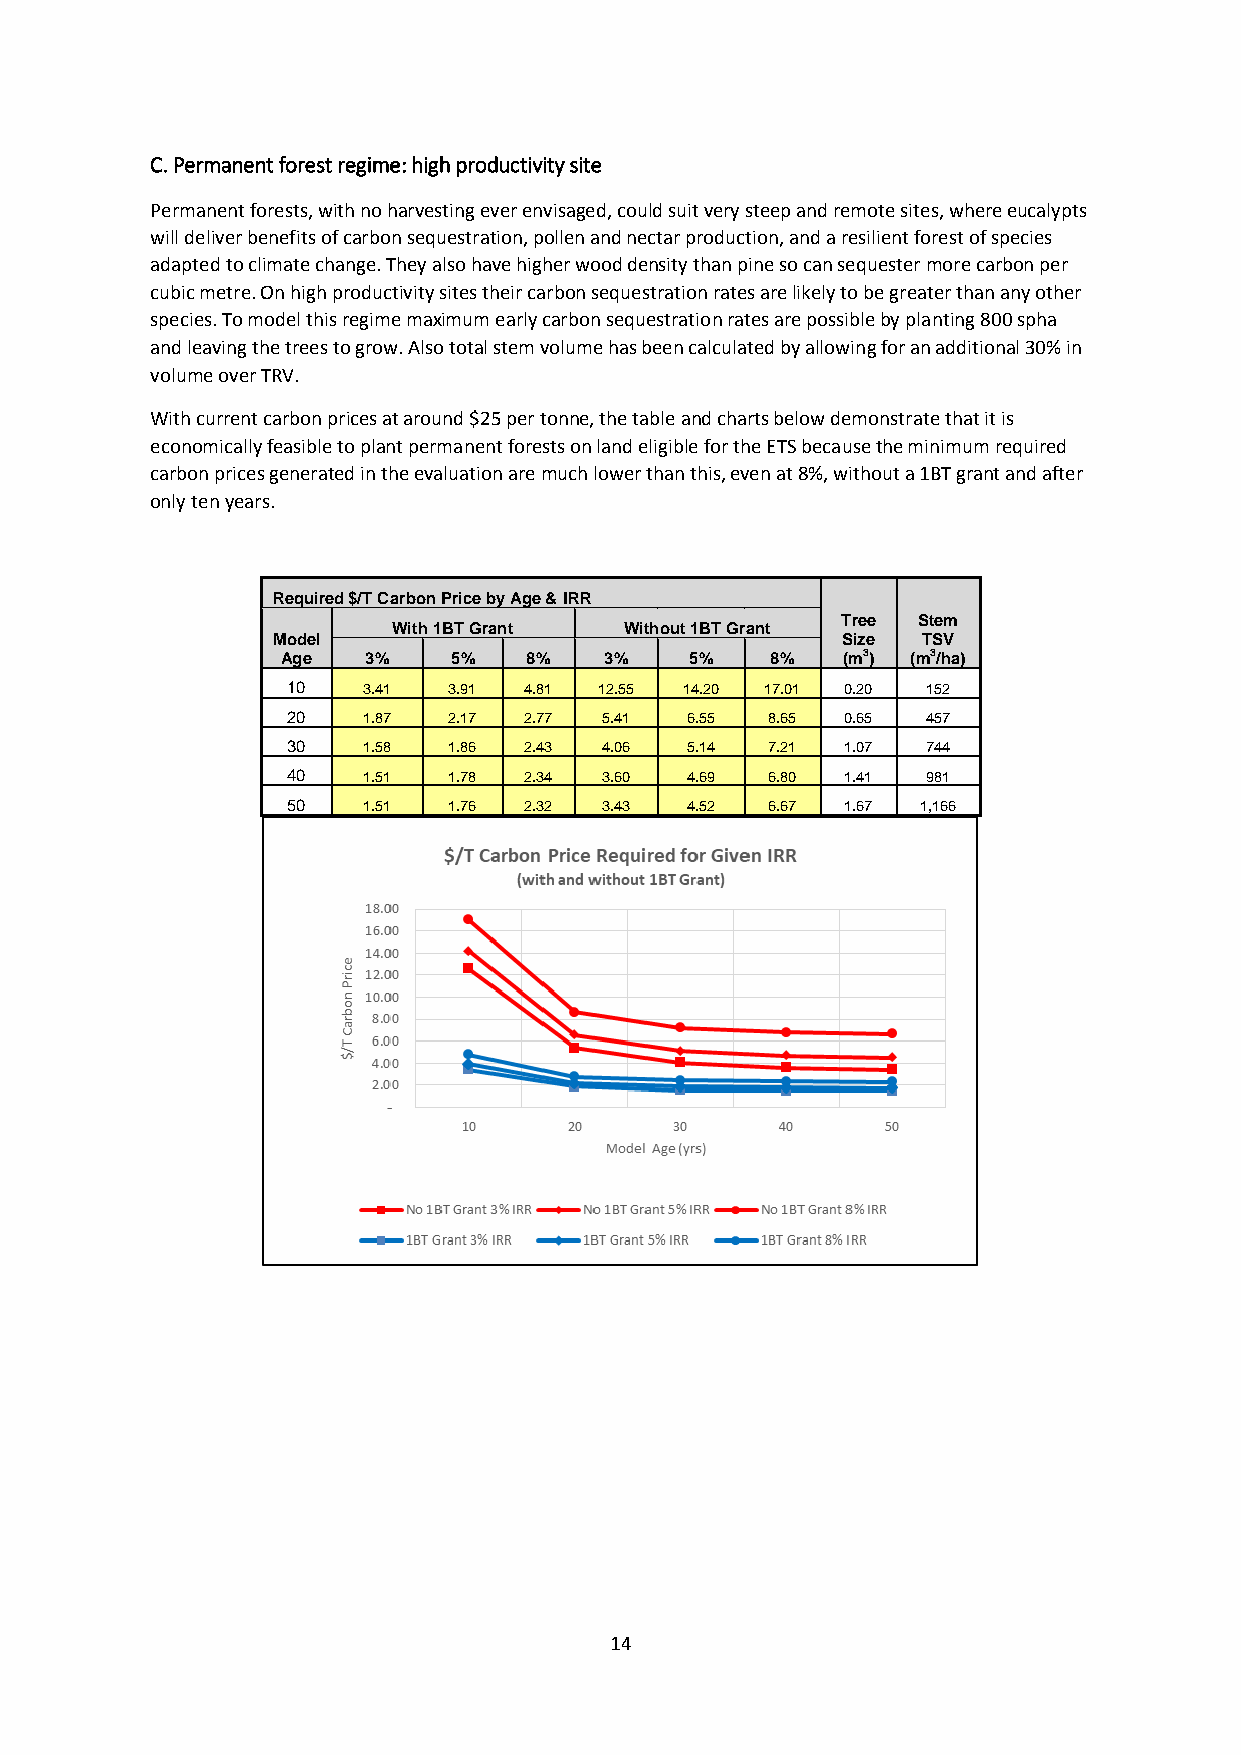
C. Permanent forest regime: high productivity site
 Permanent forests, with no harvesting ever envisaged, could suit very steep and remote sites, where eucalypts
 will deliver benefits of carbon sequestration, pollen and nectar production, and a resilient forest of species
 adapted to climate change. They also have higher wood density than pine so can sequester more carbon per
 cubic metre. On high productivity sites their carbon sequestration rates are likely to be greater than any other
 species. To model this regime maximum early carbon sequestration rates are possible by planting 800 spha
 and leaving the trees to grow. Also total stem volume has been calculated by allowing for an additional 30% in
 volume over TRV.
 With current carbon prices at around $25 per tonne, the table and charts below demonstrate that it is
 economically feasible to plant permanent forests on land eligible for the ETS because the minimum required
 carbon prices generated in the evaluation are much lower than this, even at 8%, without a 1BT grant and after
 only ten years.
 Required $/T Carbon Price by Age & IRR
 Tree Stem
 With 1BT Grant Without 1BT Grant
 Model                                 Size TSV
 Age  3%    5%   8%   3%    5%   8%   (m3) (m3/ha)
 10   3.41  3.91 4.81 12.55 14.20 17.01 0.20 152
 20   1.87  2.17 2.77 5.41 6.55  8.65 0.65 457
 30   1.58  1.86 2.43 4.06 5.14  7.21 1.07 744
 40   1.51  1.78 2.34 3.60 4.69  6.80 1.41 981
 50   1.51  1.76 2.32 3.43 4.52  6.67 1.67 1,166
 14